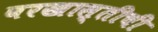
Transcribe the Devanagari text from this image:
बरखास्तीची